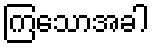
ကြသောအခါ